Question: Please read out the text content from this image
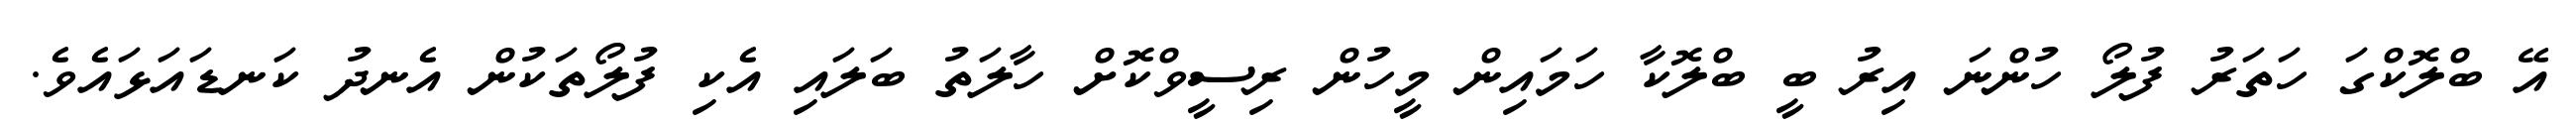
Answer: އޭ ބްލޮކްގަ ހަތަރު ފުލޯ ހުންނަ އިރު ބީ ބްލޮކާ ހަމައިން މީހުން ރިސީވްކޮށް ހާލަތު ބަލައި އެކި ފުލޯތަކުން އެނދު ކަނޑައަޅައެވެ.